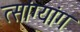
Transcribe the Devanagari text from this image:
त्सांग्यांग